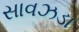
સાવઝડા